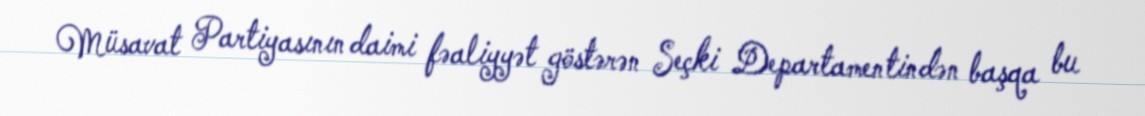
Müsavat Partiyasının daimi fəaliyyət göstərən Seçki Departamentindən başqa bu